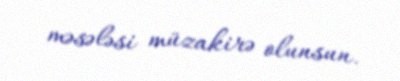
məsələsi müzakirə olunsun.